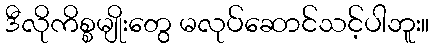
ဒီလိုကိစ္စမျိုးတွေ မလုပ်ဆောင်သင့်ပါဘူး။